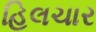
હિલચાર